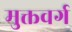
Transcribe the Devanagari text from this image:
मुक्तवर्ग